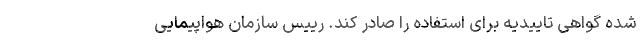
شده گواهی تاییدیه برای استفاده را صادر کند. رییس سازمان هواپیمایی